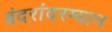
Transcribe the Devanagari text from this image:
बंदरांदरम्यान